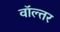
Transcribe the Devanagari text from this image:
वॉल्तर